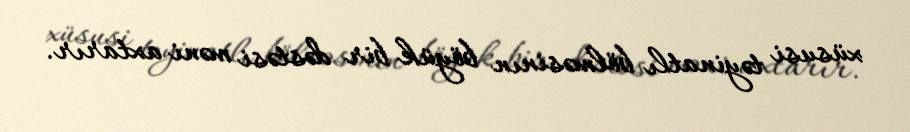
xüsusi təyinatlı bölməsinın böyük bir dəstəsi məni axtarır.